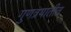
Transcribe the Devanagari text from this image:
गुणत्रयातीत